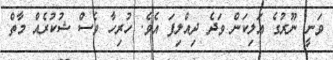
ވަނީ ނޫރުގެ އަލިކަން ވަދެ ދިއްލިފަ އެވެ. ހުރިހާ ވެސް ޝުކުރެއް މާތް